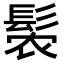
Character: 𬴩